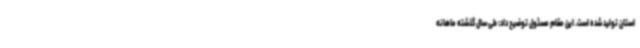
استان تولید شده است. این مقام مسئول توضیح داد: طی سال گذشته ماهانه